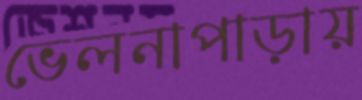
ভেলনাপাড়ায়